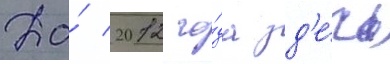
До́ 2012 го́да зд'е́сь